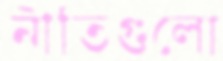
নীতিগুলো